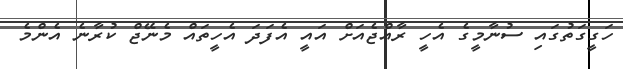
ހަގީގަތުގައި ސުނާމީގެ އެހީ ރާއްޖެއަށް އައީ އެފަދަ އެހީތައް މެނޭޖް ކުރާނެ އެންމެ